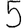
Digit: 5